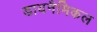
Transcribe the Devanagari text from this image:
डायनैमिकल